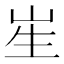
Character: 𭺱